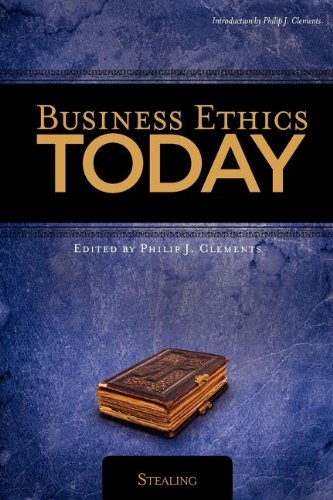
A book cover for Business Ethics Today: Stealing; Phil Clements; Business & Money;